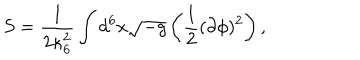
LaTeX: S = \frac { 1 } { 2 \kappa _ { 6 } ^ { 2 } } \int d ^ { 6 } x \sqrt { - g } \left( \frac { 1 } { 2 } ( \partial \phi ) ^ { 2 } \right) ,